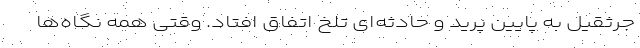
جرثقیل به پایین پرید و حادثه‌ای تلخ اتفاق افتاد. وقتی همه نگاه‌ها